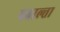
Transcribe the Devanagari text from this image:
पहाल्ता